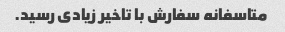
متاسفانه سفارش با تاخیر زیادی رسید.